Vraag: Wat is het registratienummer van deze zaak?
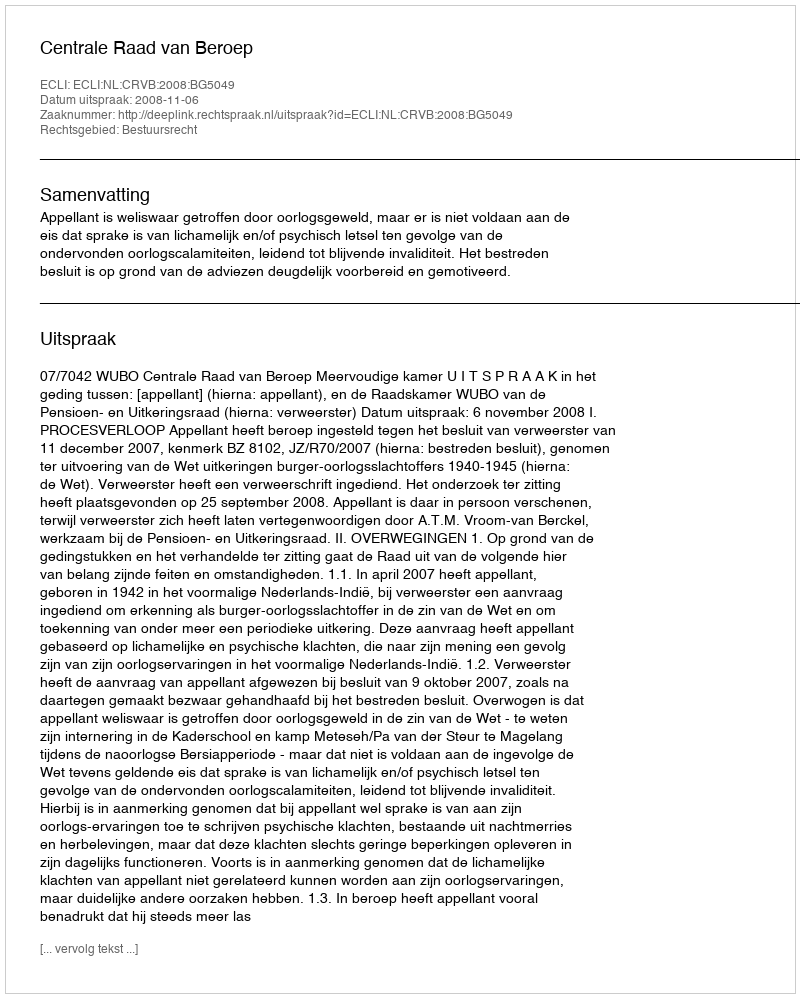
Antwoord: http://deeplink.rechtspraak.nl/uitspraak?id=ECLI:NL:CRVB:2008:BG5049